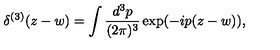
\delta ^ { ( 3 ) } ( z - w ) = \int \frac { d ^ { 3 } p } { ( 2 \pi ) ^ { 3 } } \exp ( - i p ( z - w ) ) ,